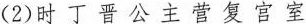
( 2 )时 丁 晋 公 主 营 复 宫 室